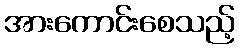
အားကောင်းစေသည့်